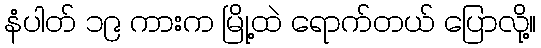
နံပါတ် ၁၉ ကားက မြို့ထဲ ရောက်တယ် ပြောလို့။